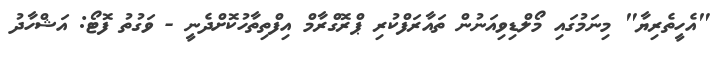
"އެހީތެރިޔާ" މިނަމުގައި މޯލްޑިވިއަނުން ތައާރަފްކުރި ޕްރޮގްރާމް އިފްތިތާހުކޮށްދެނީ - ވަގުތު ފޮޓޯ: އަޝްހާދު